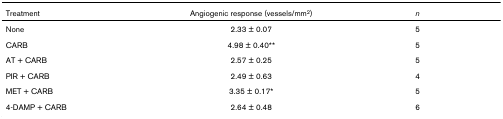
<table><thead><tr><td><b>Treatment</b></td><td><b>Angiogenic response (vessels/mm<sup>2</sup>)</b></td><td><b><i>n</i></b></td></tr></thead><tbody><tr><td>None</td><td>2.33 ± 0.07</td><td>5</td></tr><tr><td>CARB</td><td>4.98 ± 0.40**</td><td>5</td></tr><tr><td>AT + CARB</td><td>2.57 ± 0.25</td><td>5</td></tr><tr><td>PIR + CARB</td><td>2.49 ± 0.63</td><td>4</td></tr><tr><td>MET + CARB</td><td>3.35 ± 0.17*</td><td>5</td></tr><tr><td>4-DAMP + CARB</td><td>2.64 ± 0.48</td><td>6</td></tr></tbody></table>